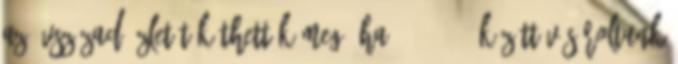
az évszázad üzletét köthettük meg, ha 2012-2014 között vásároltunk